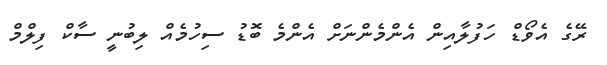
ރޭގެ އެވޯޑް ހަފުލާއިން އެންމެންނަށް އެންމެ ބޮޑު ސިހުމެއް ލިބުނީ ސާކް ފިލްމް